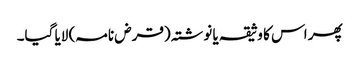
پھر اس کا وثیقہ یا نوشتہ (قرض نامہ) لایا گیا۔